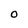
Character: O